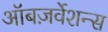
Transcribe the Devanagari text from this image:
ऑबज़र्वेशन्स